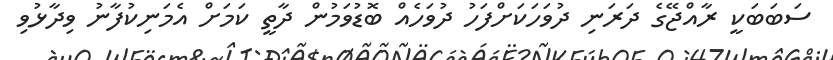
ސަބަބަކީ ރާއްޖޭގެ ދަރަނި ދުވަހަކަށްފަހު ދުވަހެއް ބޮޑުވަމުން ދާތީ ކަމަށް އެމަނިކުފާނު ވިދާޅުވި